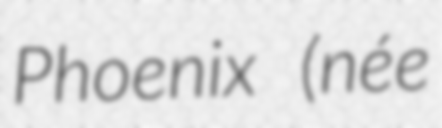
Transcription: Phoenix (née